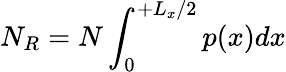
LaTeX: N_{R}=N\int_{0}^{+L_{x}/2}p(x)dx